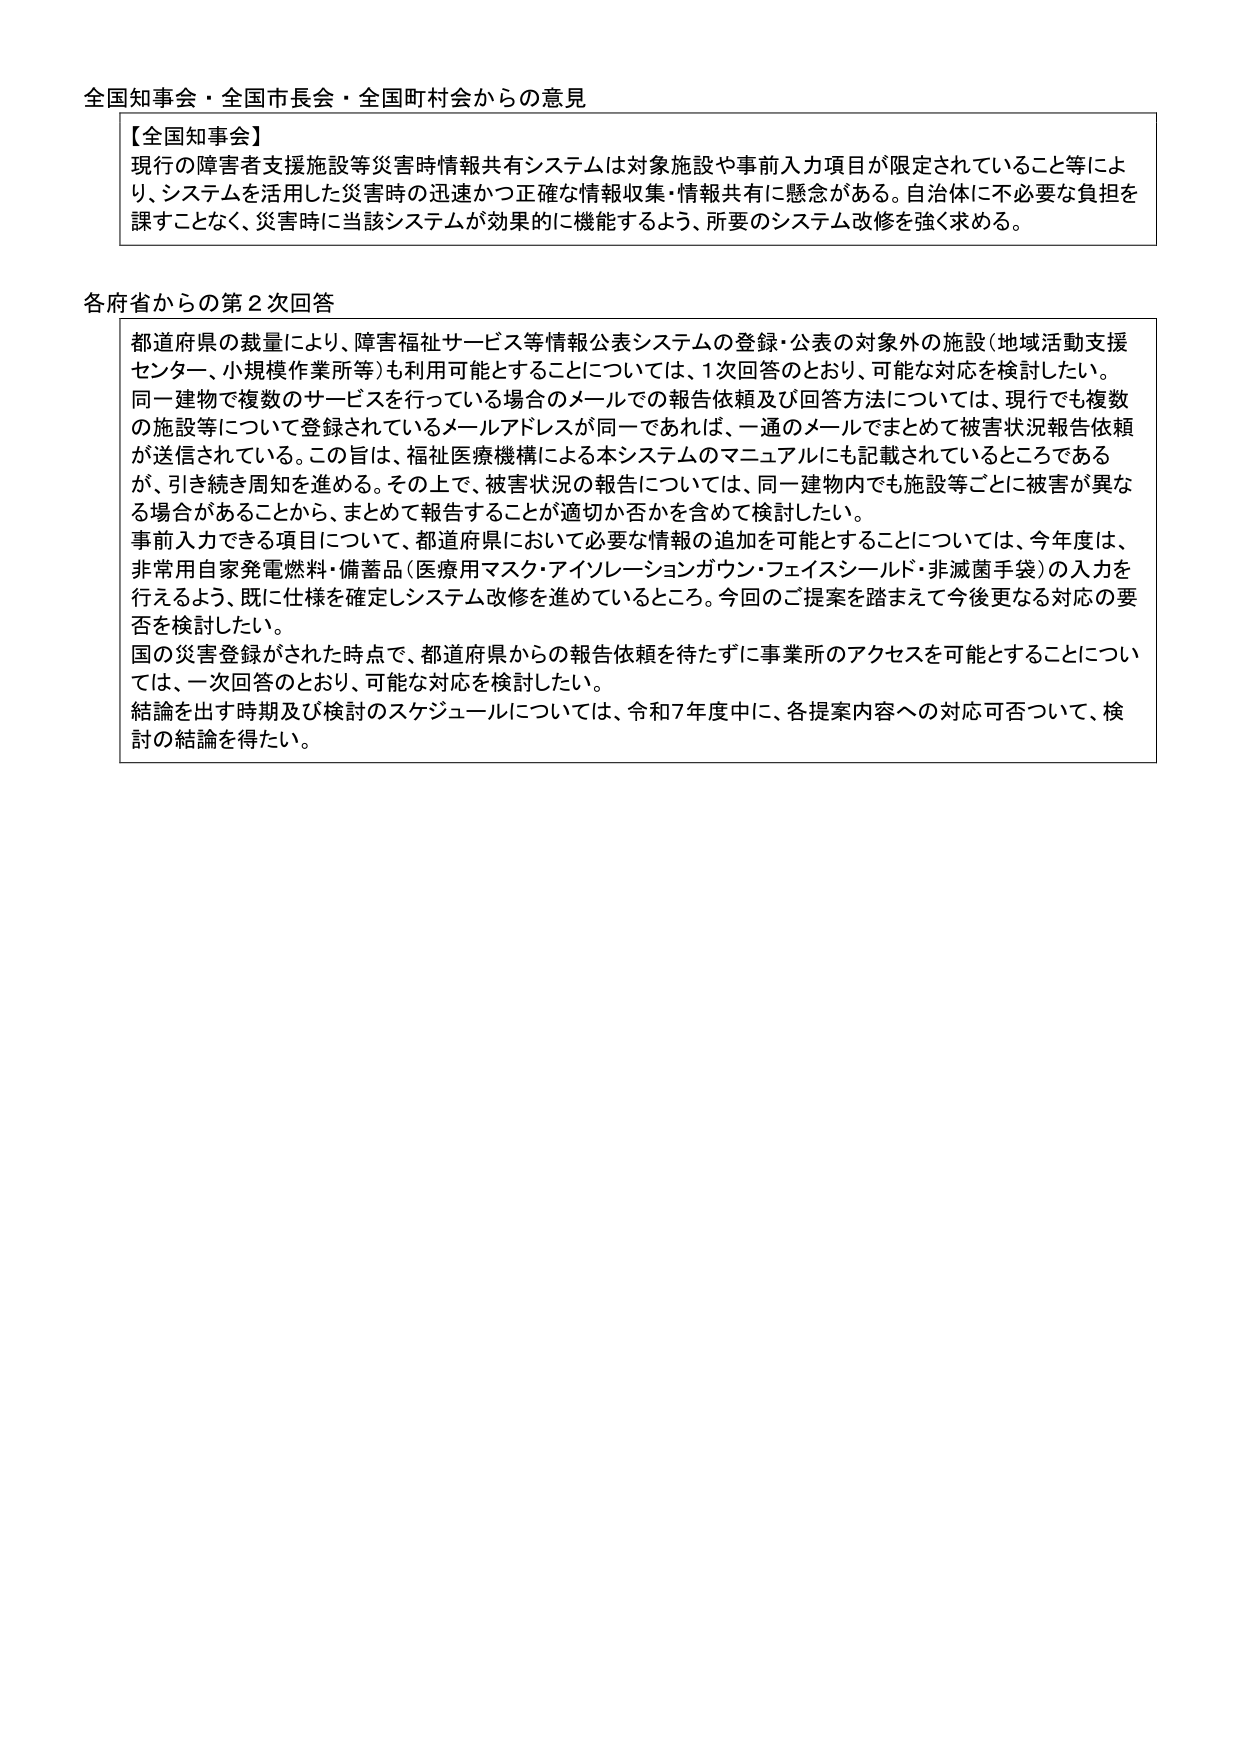
全国知事会・全国市長会・全国町村会からの意見

【全国知事会】
現行の障害者支援施設等災害時情報共有システムは対象施設や事前入力項目が限定されていること等により、システムを活用した災害時の迅速かつ正確な情報収集・情報共有に懸念がある。自治体に不必要な負担を課すことなく、災害時に当該システムが効果的に機能するよう、所要のシステム改修を強く求める。

各府省からの第2次回答
都道府県の裁量により、障害福祉サービス等情報公表システムの登録・公表の対象外の施設（地域活動支援センター、小規模作業所等）も利用可能とすることについては、1次回答のとおり、可能な対応を検討したい。
同一建物で複数のサービスを行っている場合のメールでの報告依頼及び回答方法については、現行でも複数の施設等について登録されているメールアドレスが同一であれば、一通のメールでまとめて被害状況報告依頼が送信されている。この旨は、福祉医療機構による本システムのマニュアルにも記載されているところであるが、引き続き周知を進める。その上で、被害状況の報告については、同一建物内でも施設等ごとに被害が異なる場合があることから、まとめて報告することが適切か否かを含めて検討したい。
事前入力できる項目について、都道府県において必要な情報の追加を可能とすることについては、今年度は、非常用自家発電燃料・備蓄品（医療用マスク・アイソレーションガウン・フェイスシールド・非滅菌手袋）の入力を行えるよう、既に仕様を確定しシステム改修を進めているところ。今回のご提案を踏まえて今後更なる対応の要否を検討したい。
国の災害登録がされた時点で、都道府県からの報告依頼を待たずに事業所のアクセスを可能とすることについては、一次回答のとおり、可能な対応を検討したい。
結論を出す時期及び検討のスケジュールについては、令和7年度中に、各提案内容への対応可否について、検討の結論を得たい。